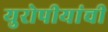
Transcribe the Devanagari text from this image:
युरोपीयांची